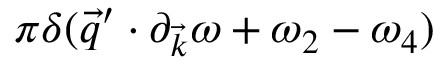
\pi \delta ( \vec { q } ^ { \prime } \cdot \partial _ { \vec { k } } \omega + \omega _ { 2 } - \omega _ { 4 } )